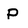
Character: P